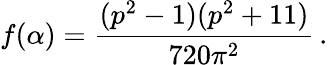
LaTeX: f(\alpha)=\frac{(p^{2}-1)(p^{2}+11)}{720\pi^{2}}\, .